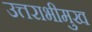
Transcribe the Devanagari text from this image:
उत्तराभीमुख